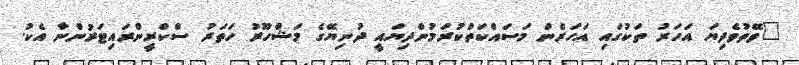
"ވޭތުވެދިޔަ އަހަރު ތަކުގައި އަހަރެން މަސައްކަތްކުރަމުންދިޔައީ ދުނިޔޭގެ މަޝްހޫރު ހަތަރު ސްކްރީންރައިޓަރުންނާ އެކު.